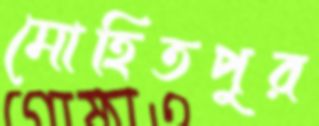
মোহিতপুর